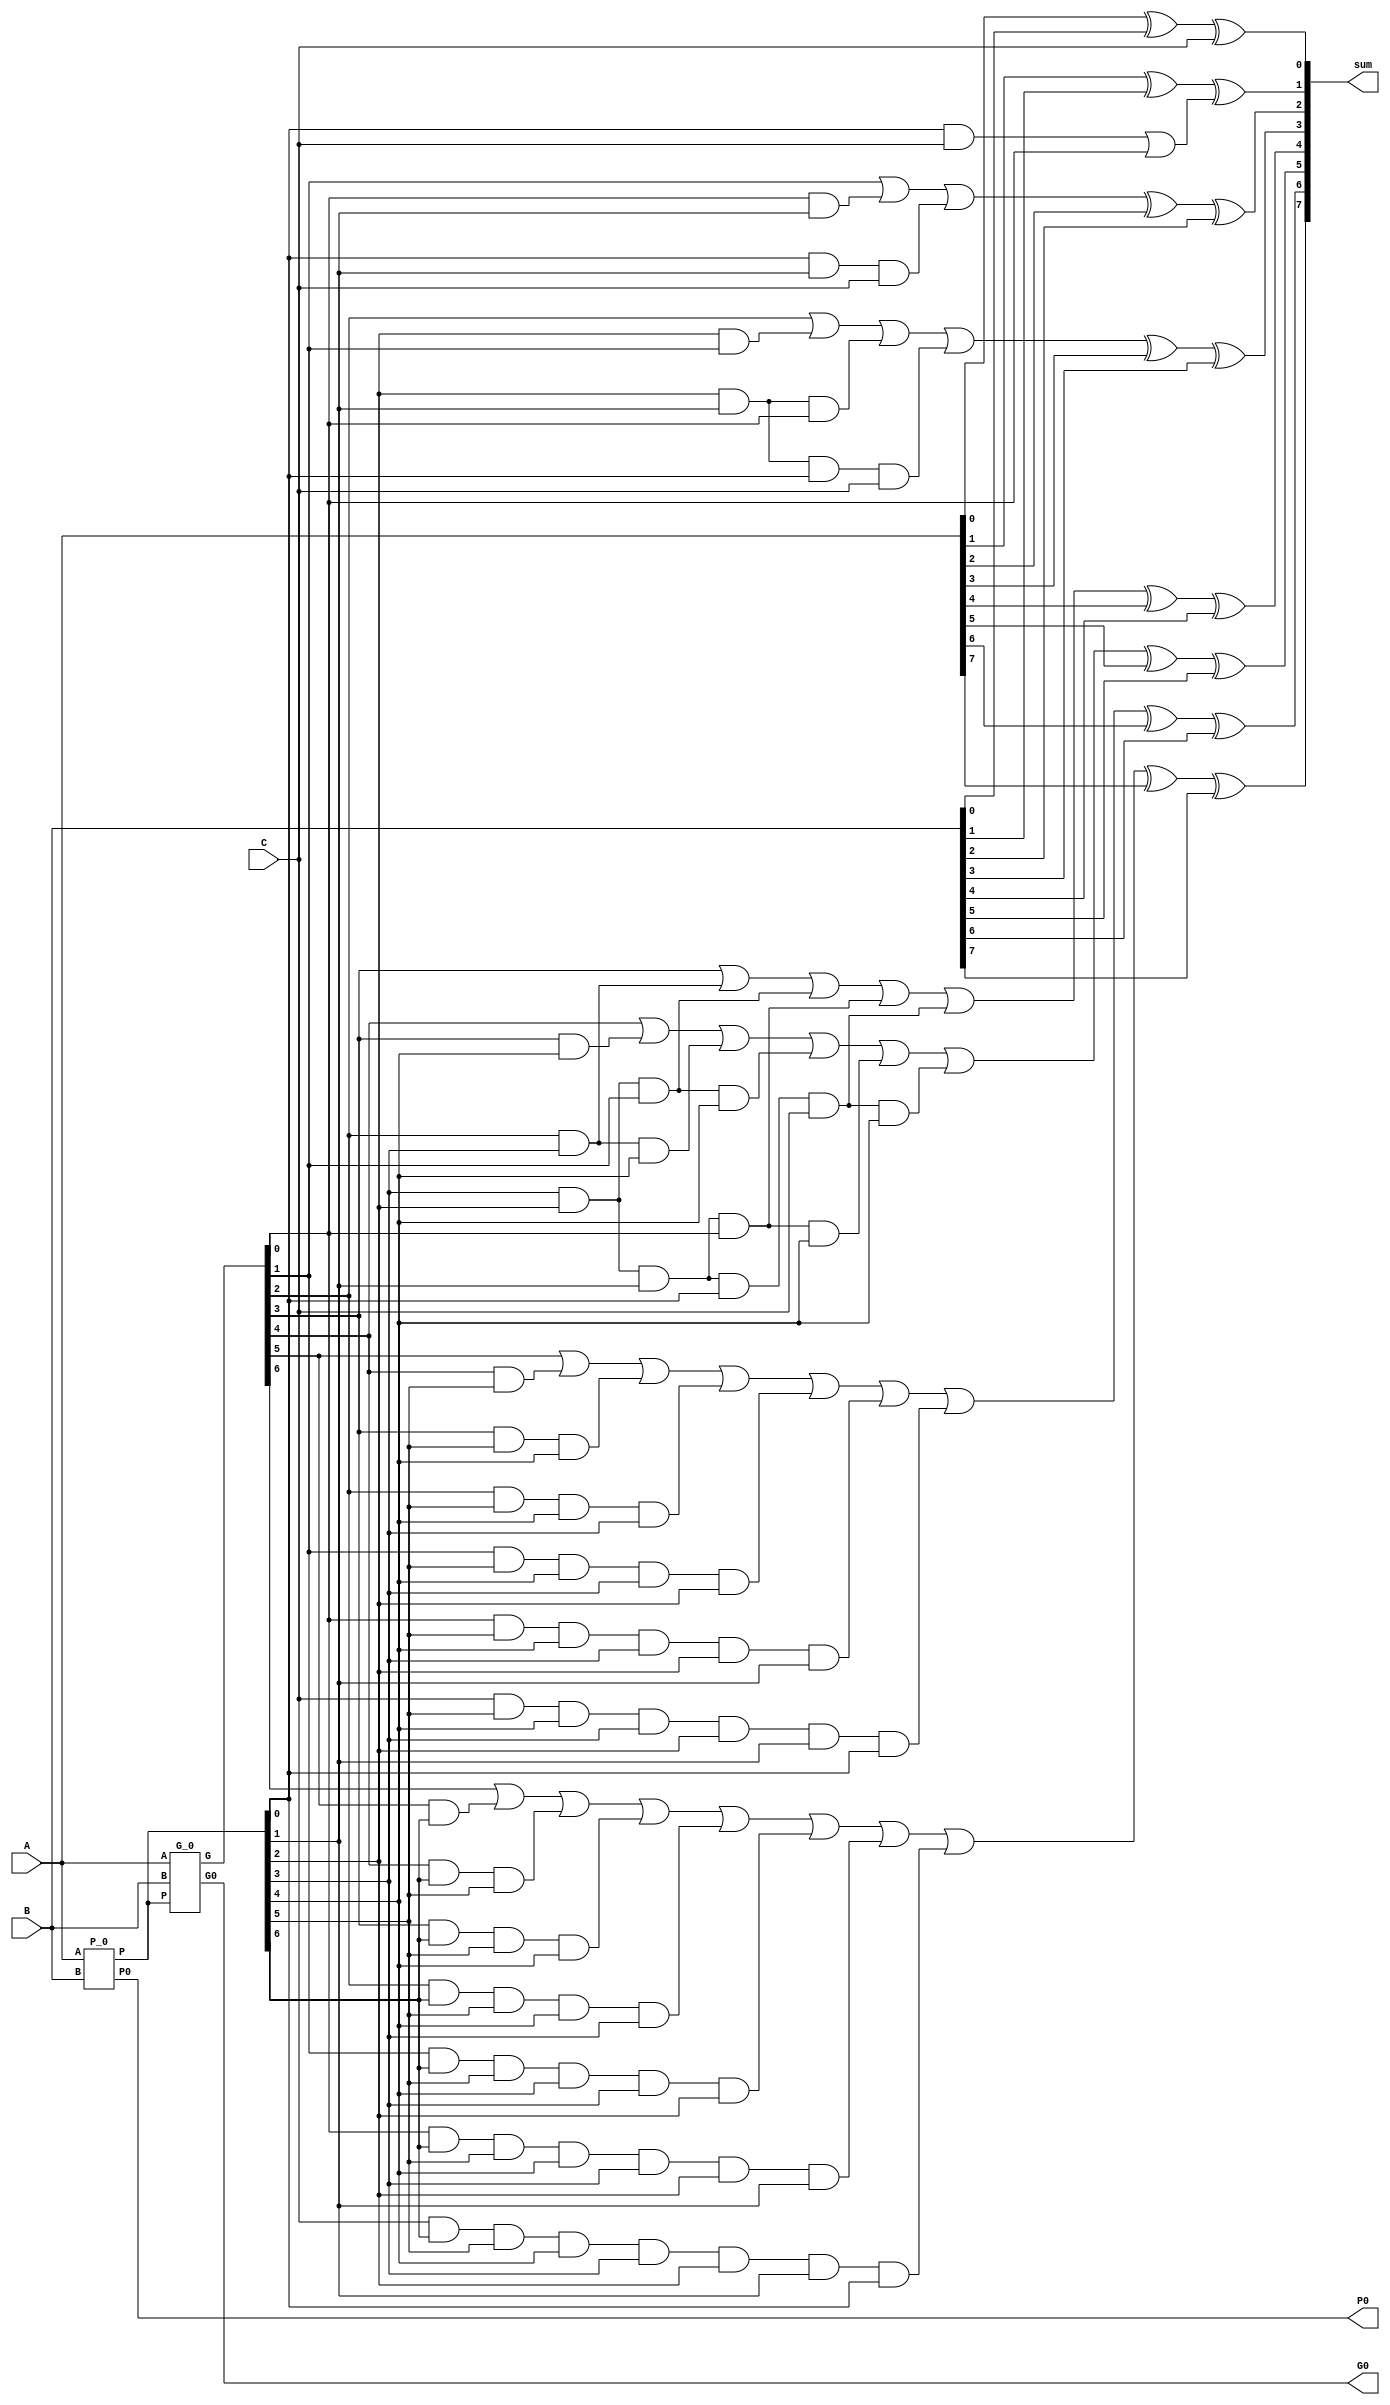
module ADD_8(sum, G0, P0, A, B, C);
    input[7:0] A, B;
    input C;
    output[7:0] sum;
    output G0, P0;
    wire[7:0] P, G;
    wire w1, w2, w3, w4, w5, w6, w7, w8, w9, w10, w11, w12, w13, w14, w15, w16;
    wire w17, w18, w19, w20, w21, w22, w23, w24, w25, w26, w27, w28;
    wire[7:0] cs;
    assign cs[0] = C;
    
    P_0 p_ans(P, P0, A, B);
    G_0 g_ans(G, G0, A, B, P);

    xor s0(sum[0], A[0], B[0], cs[0]);

    and p0_c0(w1, P[0], cs[0]);
    or g0_(cs[1], w1, G[0]);
    xor s1(sum[1], A[1], B[1], cs[1]);

    and g0_p1(w2, G[0], P[1]);
    and p1_c0(w3, P[0], P[1], cs[0]);
    or g1_(cs[2], G[1], w2, w3);
    xor s2(sum[2], cs[2], A[2], B[2]);

    and g1_p2(w4, P[2], G[1]);
    and g0_p2(w5, P[2], P[1], G[0]);
    and p2_c0(w6, P[2], P[1], P[0], cs[0]);
    or g2_(cs[3], G[2], w4, w5, w6);
    xor s3(sum[3], cs[3], A[3], B[3]);

    and g2_p3(w7, G[2], P[3]);
    and g1_p3(w8, P[3], P[2], G[1]);
    and g0_p3(w9, P[3], P[2], P[1], G[0]);
    and p3_c0(w10, P[3], P[2], P[1], P[0], cs[0]);
    or g3_(cs[4], G[3], w7, w8, w9, w10);
    xor s4(sum[4], cs[4], A[4], B[4]);

    and g3_p4(w11, G[3], P[4]);
    and g2_p4(w12, G[2], P[3], P[4]);
    and g1_p4(w13, P[3], P[2], G[1], P[4]);
    and g0_p4(w14, P[3], P[2], P[1], G[0], P[4]);
    and p4_c0(w15, P[3], P[2], P[1], P[0], cs[0], P[4]);
    or g4_(cs[5], G[4], w11, w12, w13, w14, w15);
    xor s5(sum[5], cs[5], A[5], B[5]);

    and g4_p5(w16, G[4], P[5]);
    and g3_p5(w17, G[3], P[5], P[4]);
    and g2_p5(w18, G[2], P[5], P[4], P[3]);
    and g1_p5(w19, G[1], P[5], P[4], P[3], P[2]);
    and g0_p5(w20, G[0], P[5], P[4], P[3], P[2], P[1]);
    and p5_c0(w21, cs[0], P[5], P[4], P[3], P[2], P[1], P[0]);
    or g5_(cs[6], G[5], w16, w17, w18, w19, w20, w21);
    xor s6(sum[6], cs[6], A[6], B[6]);

    and g5_p6(w22, G[5], P[6]);
    and g4_p6(w23, G[4], P[6], P[5]);
    and g3_p6(w24, G[3], P[6], P[5], P[4]);
    and g2_p6(w25, G[2], P[6], P[5], P[4], P[3]);
    and g1_p6(w26, G[1], P[6], P[5], P[4], P[3], P[2]);
    and g0_p6(w27, G[0], P[6], P[5], P[4], P[3], P[2], P[1]);
    and p6_c0(w28, cs[0], P[6], P[5], P[4], P[3], P[2], P[1], P[0]);
    or g6_(cs[7], G[6], w22, w23, w24, w25, w26, w27, w28);
    xor s7(sum[7], cs[7], A[7], B[7]);
endmodule

module P_0(P, P0, A, B);
    input[7:0] A, B;
    output[7:0] P;
    output P0;

    or p0(P[0], A[0], B[0]);
    or p1(P[1], A[1], B[1]);
    or p2(P[2], A[2], B[2]);
    or p3(P[3], A[3], B[3]);
    or p4(P[4], A[4], B[4]);
    or p5(P[5], A[5], B[5]);
    or p6(P[6], A[6], B[6]);
    or p7(P[7], A[7], B[7]);
    and P0_(P0, P[0], P[1], P[2], P[3], P[4], P[5], P[6], P[7]);
endmodule

module G_0(G, G0, A, B, P);
    input[7:0] A, B, P;
    output[7:0] G;
    output G0;

    wire w1, w2, w3, w4, w5, w6, w7;

    and g0(G[0], A[0], B[0]);
    and g1(G[1], A[1], B[1]);
    and g2(G[2], A[2], B[2]);
    and g3(G[3], A[3], B[3]);
    and g4(G[4], A[4], B[4]);
    and g5(G[5], A[5], B[5]);
    and g6(G[6], A[6], B[6]);
    and g7(G[7], A[7], B[7]);
    and pg(w1, P[7], G[6]);
    and ppg(w2, P[7], P[6], G[5]);
    and pppg(w3, P[7], P[6], P[5], G[4]);
    and ppppg(w4, P[7], P[6], P[5], P[4], G[3]);
    and pppppg(w5, P[7], P[6], P[5], P[4], P[3], G[2]);
    and ppppppg(w6, P[7], P[6], P[5], P[4], P[3], P[2], G[1]);
    and pppppppg(w7, P[7], P[6], P[5], P[4], P[3], P[2], P[1], G[0]);
    or G0_(G0, G[7], w1, w2, w3, w4, w5, w6, w7);
endmodule